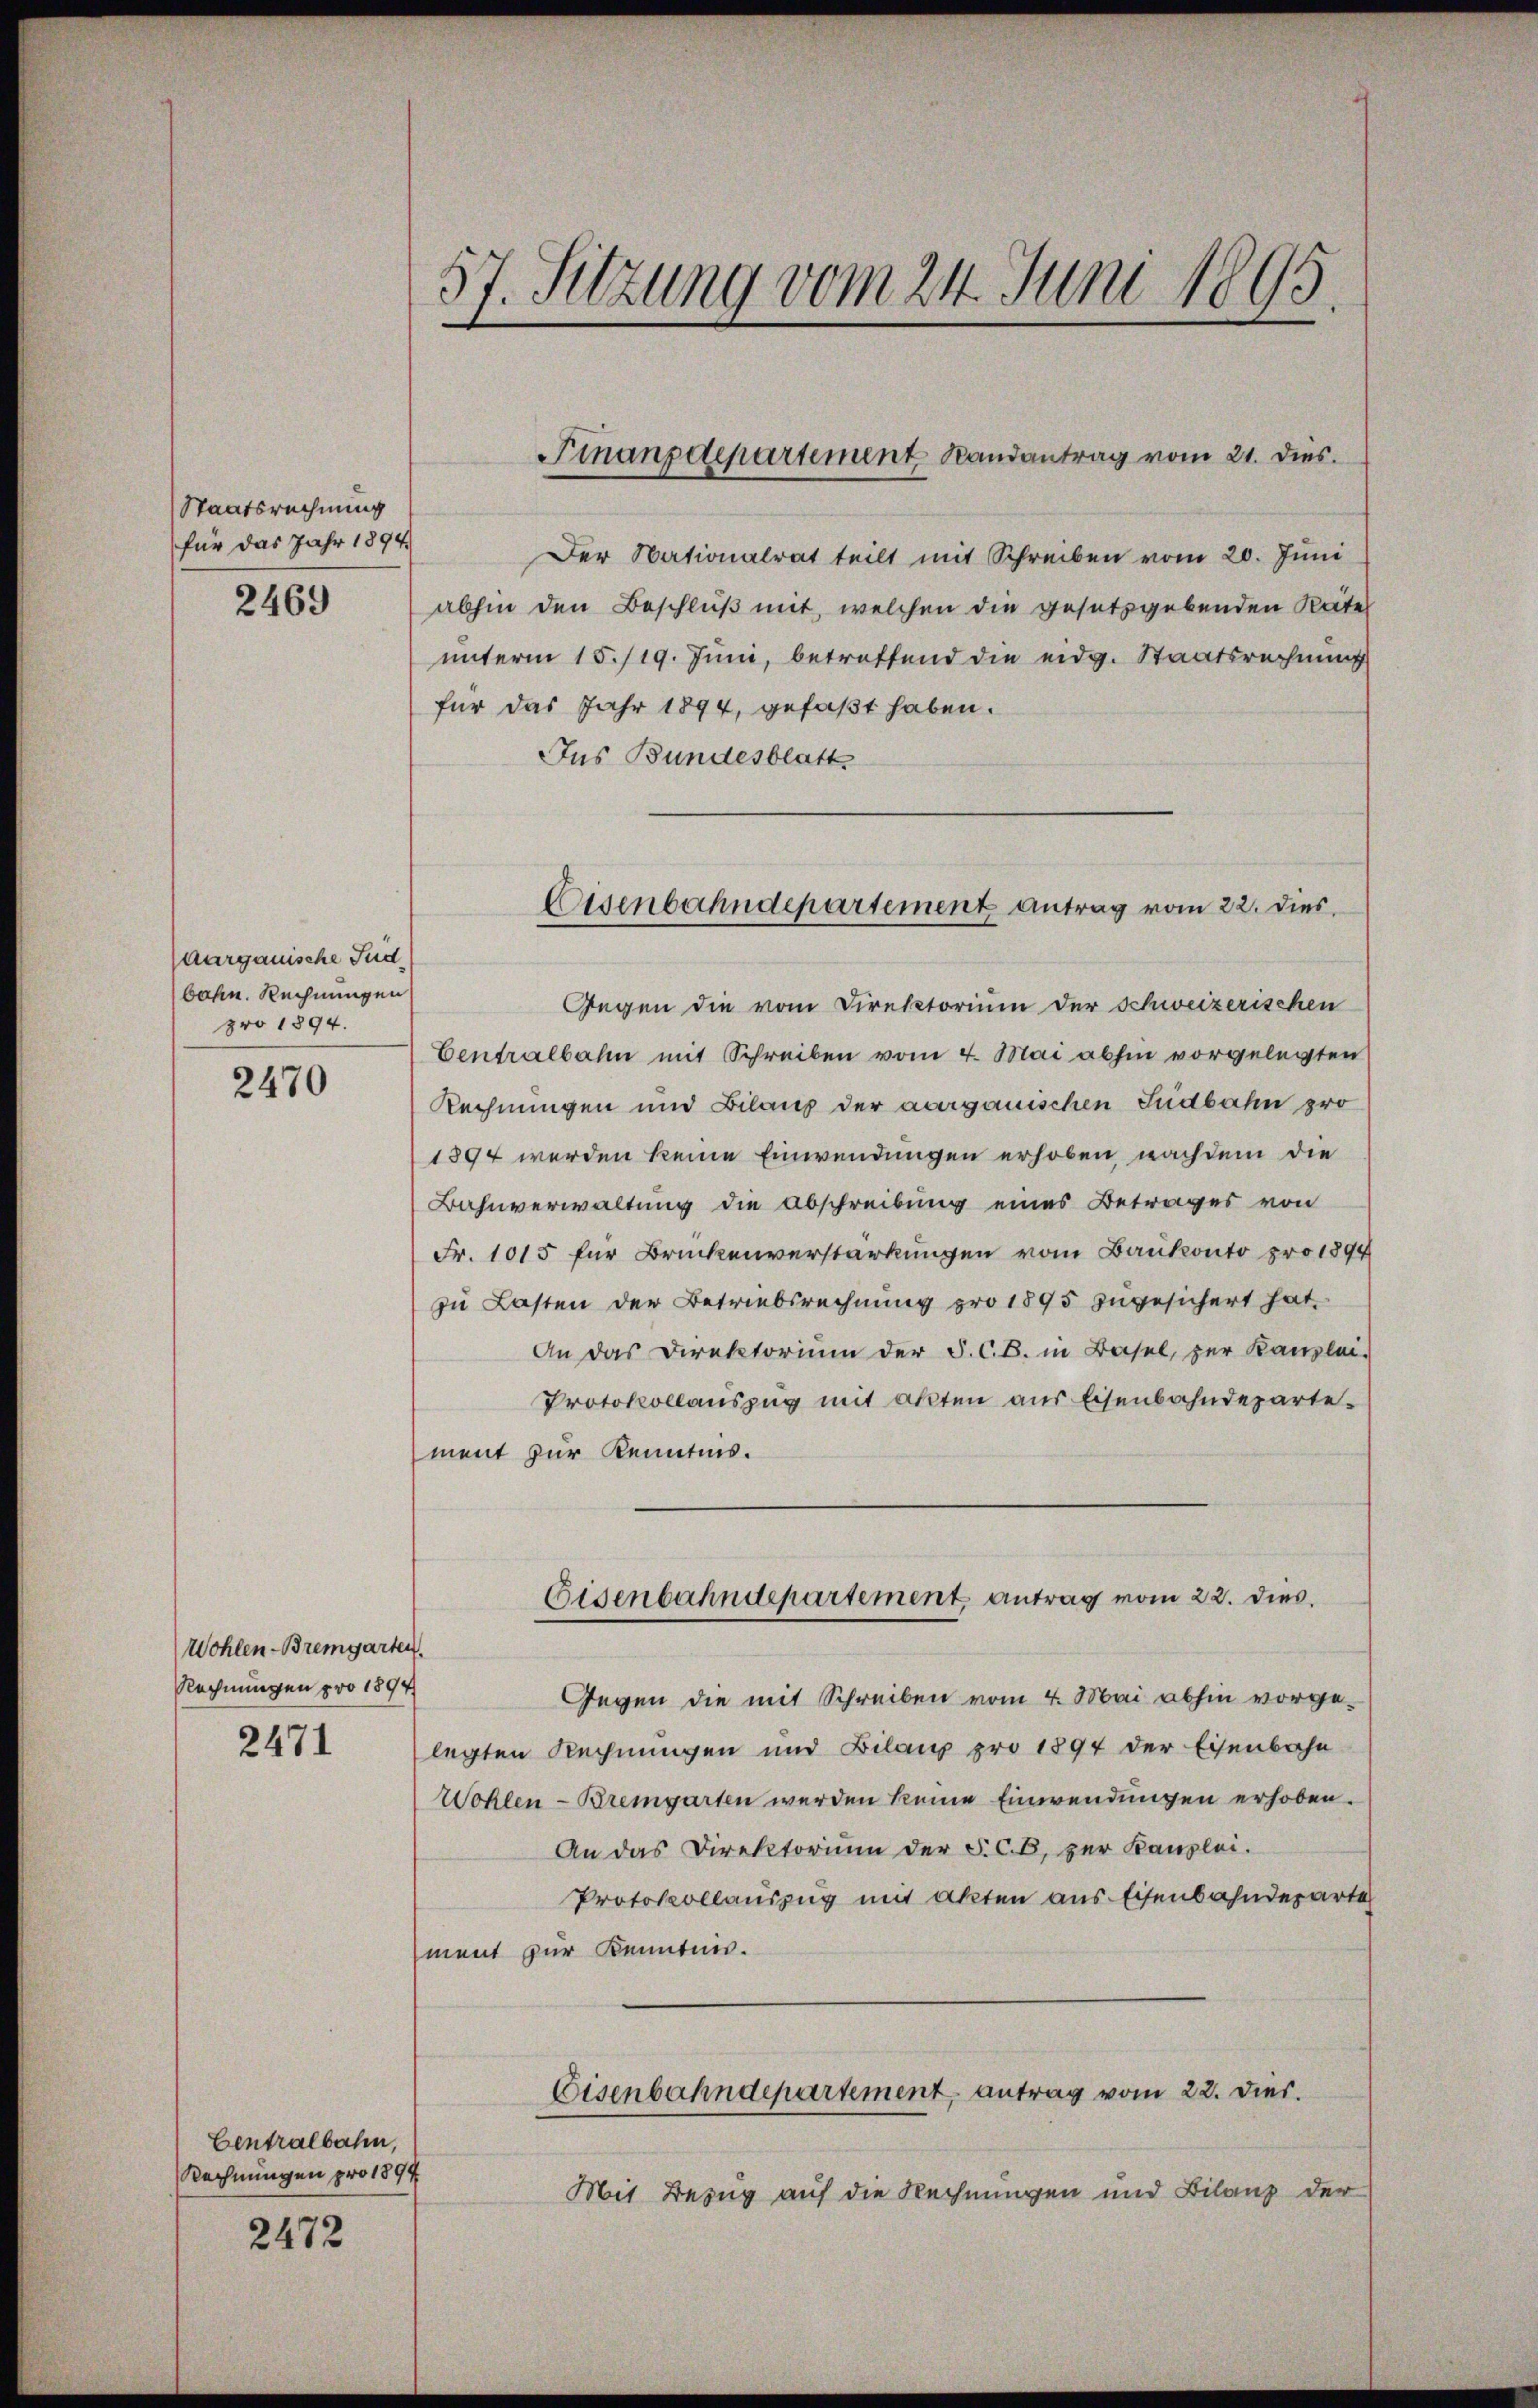
Staatsrechnung
für das Jahr 1894

2469

aargauische Jud
bahn. Rechnungen
pro 1894.

2470

Wohlen-Bremgarten.
Rechnungen pro 1894

2471

Centralbahn,
Rechnungen pro 1894

2472

57. Sitzung vom 24. Juni 1895.

Der Nationalrat teilt mit Schreiben vom 20. Juni
abhin den Beschluß mit, welchen die gesetzgebenden Räte
unterm 15./19. Juni, betreffend die eidg. Staatsrechnung
für das Jahr 1894, gefaßt haben.
Jus Bundesblatt
Gegen die vom Direktorium der Schweizerischen
Centralbahn mit Schreiben vom 4. Mai abhin vorgelegten
Rechnungen und Bilanz der aargauischen Südbahn pro
1894 werden keine Einwendungen erhoben nachdem die
Bahnverwaltung die Abschreibung eines Betrages von
Fr. 1015 für Brückenverstärkungen vom Bankonto pro 1894
zu Lasten der Betriebsrechnung pro 1895 zugesichert hat.
An das Direktorium der S. C. B. in Basel, zur Kanzlei-
Protokollauszug mit akten aus Eisenbahndepartement zur Kenntnis.
Eisenbahndepartement antrag vom 22. dies
Gegen die mit Schreiben vom 4. Mai abhin vorge-
legten Rechnungen und Bilans pro 1894 der Eisenbahn
Wohlen-Bremgarten werden keine Einwendungen erhoben.
An das Direktorium der F. C. B. zur Kanzlei.
Protokollauszug mit Akten aus Eisenbahndeparte
ment zur Kennten.
Eisenbahndepartement, antrag vom 22. dies.
Mit Bezug auf die Rechnungen und Bilanz der

Finanzdepartement Randantrag vom 21. dies

Eisenbahndepartement antrag vom 22. dies